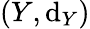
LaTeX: (Y,\mathrm{d}_{Y})